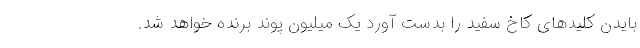
بایدن کلیدهای کاخ سفید را بدست آورد یک میلیون پوند برنده خواهد شد.